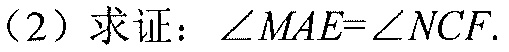
(2) 求证：\(\angle MAE=\angle NCF\).